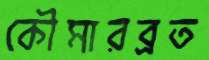
কৌমারব্রত